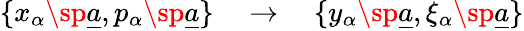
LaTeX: \{ x_{\alpha}\sp{\underline{{{a}}}},p_{\alpha}\sp{\underline{{{a}}}}\} \quad\rightarrow\quad\{ y_{\alpha}\sp{\underline{{{a}}}},\xi_{\alpha}\sp{\underline{{{a}}}}\}